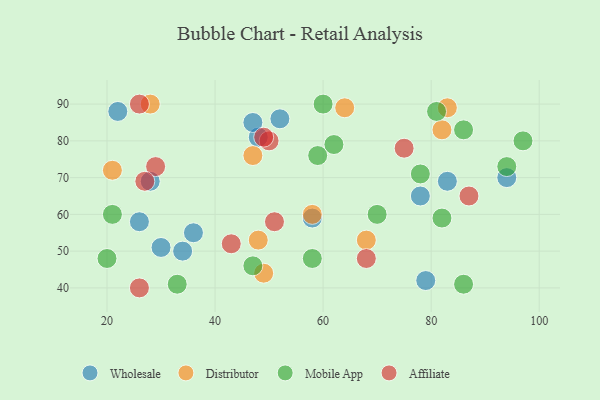
{"axis": {"x": "GDP", "y": "Life Expectancy"}, "legend": ["Affiliate", "Distributor", "Mobile App", "Wholesale"], "data": [{"x": "79", "y": 42, "type": "Wholesale"}, {"x": "26", "y": 58, "type": "Wholesale"}, {"x": "30", "y": 51, "type": "Wholesale"}, {"x": "36", "y": 55, "type": "Wholesale"}, {"x": "48", "y": 81, "type": "Wholesale"}, {"x": "58", "y": 59, "type": "Wholesale"}, {"x": "34", "y": 50, "type": "Wholesale"}, {"x": "47", "y": 85, "type": "Wholesale"}, {"x": "28", "y": 69, "type": "Wholesale"}, {"x": "78", "y": 65, "type": "Wholesale"}, {"x": "52", "y": 86, "type": "Wholesale"}, {"x": "94", "y": 70, "type": "Wholesale"}, {"x": "83", "y": 69, "type": "Wholesale"}, {"x": "22", "y": 88, "type": "Wholesale"}, {"x": "64", "y": 89, "type": "Distributor"}, {"x": "49", "y": 44, "type": "Distributor"}, {"x": "58", "y": 60, "type": "Distributor"}, {"x": "28", "y": 90, "type": "Distributor"}, {"x": "83", "y": 89, "type": "Distributor"}, {"x": "21", "y": 72, "type": "Distributor"}, {"x": "48", "y": 53, "type": "Distributor"}, {"x": "82", "y": 83, "type": "Distributor"}, {"x": "47", "y": 76, "type": "Distributor"}, {"x": "68", "y": 53, "type": "Distributor"}, {"x": "94", "y": 73, "type": "Mobile App"}, {"x": "20", "y": 48, "type": "Mobile App"}, {"x": "70", "y": 60, "type": "Mobile App"}, {"x": "60", "y": 90, "type": "Mobile App"}, {"x": "97", "y": 80, "type": "Mobile App"}, {"x": "62", "y": 79, "type": "Mobile App"}, {"x": "86", "y": 83, "type": "Mobile App"}, {"x": "81", "y": 88, "type": "Mobile App"}, {"x": "33", "y": 41, "type": "Mobile App"}, {"x": "47", "y": 46, "type": "Mobile App"}, {"x": "59", "y": 76, "type": "Mobile App"}, {"x": "21", "y": 60, "type": "Mobile App"}, {"x": "86", "y": 41, "type": "Mobile App"}, {"x": "82", "y": 59, "type": "Mobile App"}, {"x": "78", "y": 71, "type": "Mobile App"}, {"x": "58", "y": 48, "type": "Mobile App"}, {"x": "87", "y": 65, "type": "Affiliate"}, {"x": "29", "y": 73, "type": "Affiliate"}, {"x": "68", "y": 48, "type": "Affiliate"}, {"x": "26", "y": 90, "type": "Affiliate"}, {"x": "50", "y": 80, "type": "Affiliate"}, {"x": "49", "y": 81, "type": "Affiliate"}, {"x": "51", "y": 58, "type": "Affiliate"}, {"x": "26", "y": 40, "type": "Affiliate"}, {"x": "43", "y": 52, "type": "Affiliate"}, {"x": "75", "y": 78, "type": "Affiliate"}, {"x": "27", "y": 69, "type": "Affiliate"}]}